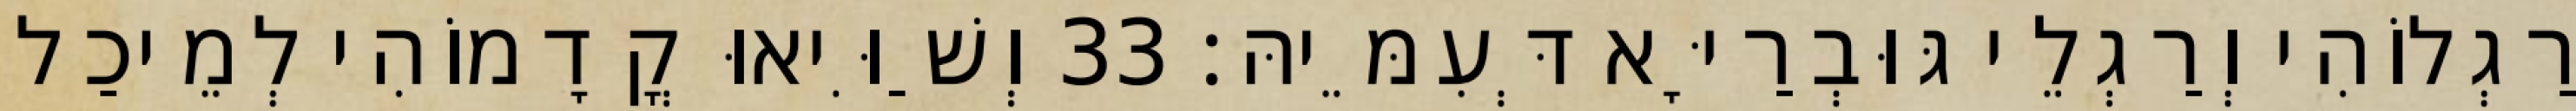
רַגְלוֹהִי וְרַגְלֵי גּוּבְרַיָּא דְּעִמֵּיהּ׃ 33 וְשַׁוִּיאוּ קֳדָמוֹהִי לְמֵיכַל